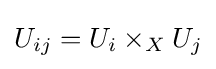
U_{ij}=U_{i}\times _{X}U_{j}